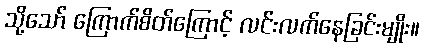
သို့သော် ကြောက်စိတ်ကြောင့် လင်းလက်နေခြင်းမျိုး။